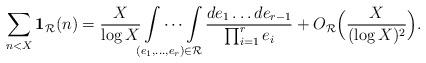
LaTeX: \begin{align*}\sum_{n<X}\mathbf{1}_{\mathcal{R}}(n)=\frac{X}{\log{X}}\idotsint\limits_{(e_1,\dots,e_r)\in\mathcal{R}}\frac{d e_1\dots d e_{r-1}}{\prod_{i=1}^{r} e_i}+O_{\mathcal{R}}\Bigl(\frac{X}{(\log{X})^2}\Bigr).\end{align*}